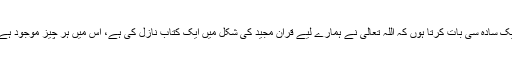
ایک سادہ سی بات کرتا ہوں کہ اللہ تعالیٰ نے ہمارے لیے قرآن مجید کی شکل میں ایک کتاب نازل کی ہے، اس میں ہر چیز موجود ہے۔